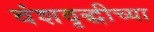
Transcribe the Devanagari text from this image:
वंशवृद्धीच्या